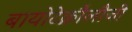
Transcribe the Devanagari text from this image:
बायोटेक्नौलौजी